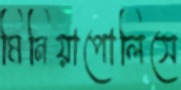
মিনিয়াপোলিসে